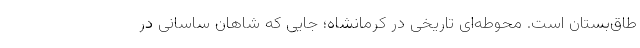
طاق‌بستان است. محوطه‌ای تاریخی در کرمانشاه؛ جایی که شاهان ساسانی در